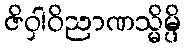
ဇိဝှါဝိညာဏသ္မိမ္ပိ